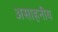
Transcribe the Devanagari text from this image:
असाहनीय